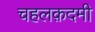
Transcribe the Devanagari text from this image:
चहलक़दमी